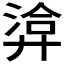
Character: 𢍡